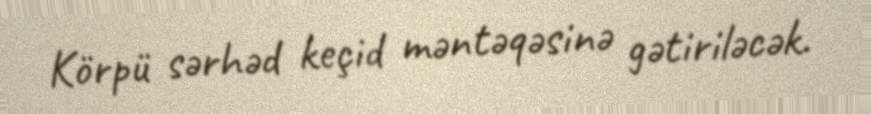
Körpü sərhəd keçid məntəqəsinə gətiriləcək.